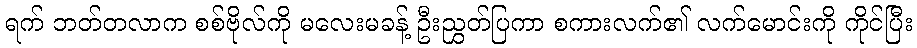
ရက် ဘတ်တလာက စစ်ဗိုလ်ကို မလေးမခန့် ဦးညွှတ်ပြကာ စကားလက်၏ လက်မောင်းကို ကိုင်ပြီး